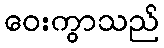
ဝေးကွာသည်